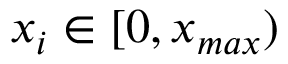
x _ { i } \in [ 0 , x _ { m a x } )